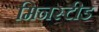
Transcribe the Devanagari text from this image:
मिनस्टीड